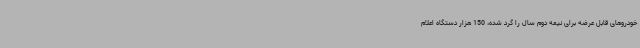
خودروهای قابل عرضه برای نیمه دوم سال را گرد شده، 150 هزار دستگاه اعلام